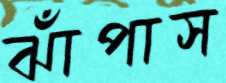
ঝাঁপাস